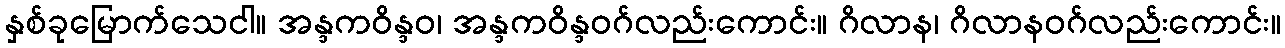
နှစ်ခုမြောက်သေငါ။ အန္ဒကဝိန္ဒဝ၊ အန္ဒကဝိန္ဒဝဂ်လည်းကောင်း။ ဂိလာန၊ ဂိလာနဝဂ်လည်းကောင်း။